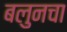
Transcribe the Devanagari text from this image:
बलुनचा